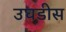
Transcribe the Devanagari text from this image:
उघडीस